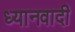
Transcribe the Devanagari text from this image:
ध्यानवादी